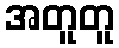
အတူတူ